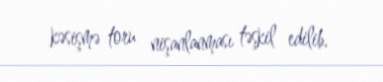
kəsişmə toru nişanlanması təşkil edilib.